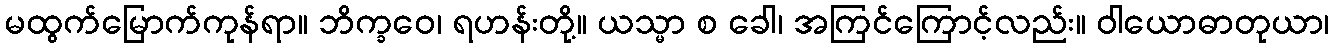
မထွက်မြောက်ကုန်ရာ။ ဘိက္ခဝေ၊ ရဟန်းတို့။ ယသ္မာ စ ခေါ၊ အကြင်ကြောင့်လည်း။ ဝါယောဓာတုယာ၊